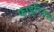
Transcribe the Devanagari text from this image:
फाइटिल